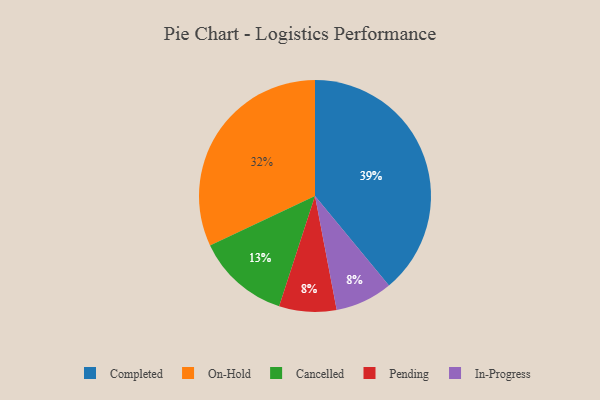
{"axis": {"x": "Category", "y": "Percentage"}, "legend": ["Cancelled", "Completed", "In-Progress", "On-Hold", "Pending"], "data": [{"x": "Completed", "y": 39, "type": "Completed"}, {"x": "Cancelled", "y": 13, "type": "Cancelled"}, {"x": "Pending", "y": 8, "type": "Pending"}, {"x": "In-Progress", "y": 8, "type": "In-Progress"}, {"x": "On-Hold", "y": 32, "type": "On-Hold"}]}